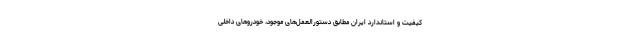
کیفیت و استاندارد ایران مطابق دستورالعمل‌های موجود، خودروهای داخلی